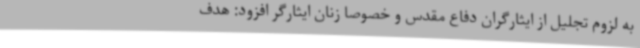
به لزوم تجلیل از ایثارگران دفاع مقدس و خصوصا زنان ایثارگر افزود: هدف